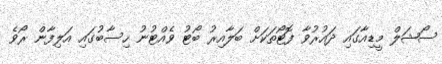
ސޯޝަލް މީޑިއާގައި ދައުރުވާ ފޮޓޯތަކަށް ބަލާއިރު ބޯޓު ވެއްޓުނު ހިސާބުގައި އަލިފާން ރޯވެ